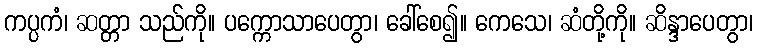
ကပ္ပကံ၊ ဆတ္တာ သည်ကို။ ပက္ကောသာပေတွာ၊ ခေါ်စေ၍။ ကေသေ၊ ဆံတို့ကို။ ဆိန္ဒာပေတွာ၊